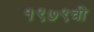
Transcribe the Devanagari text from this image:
१९७९ची